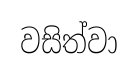
වසිත්වා